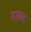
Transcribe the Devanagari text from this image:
गजमद